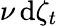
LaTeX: \nu\, \mathrm{d}\zeta_{t}